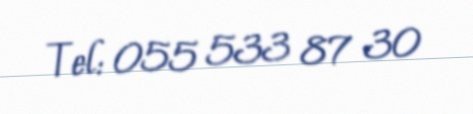
Tel: 055 533 87 30